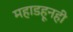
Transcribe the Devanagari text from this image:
महाडहूनही